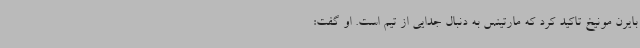
بایرن مونیخ تاکید کرد که مارتینس به دنبال جدایی از تیم است. او گفت: